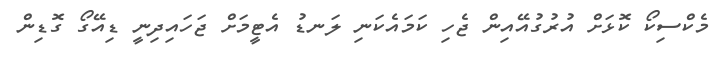
މެކްސިކޯ ކޮޅަށް އުރުގުއޭއިން ޖެހި ކަމައެކަނި ލަނޑު އެޓީމަށް ޖަހައިދިނީ ޑިއޭގޯ ގޮޑިން